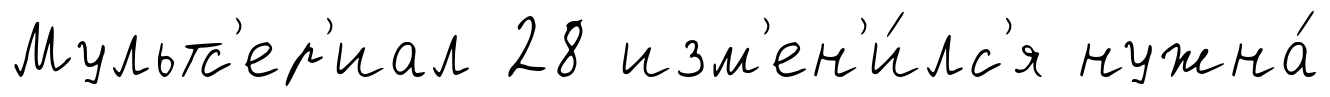
Мультс'ер'иал 28 изм'ен'и́лс'я нужна́